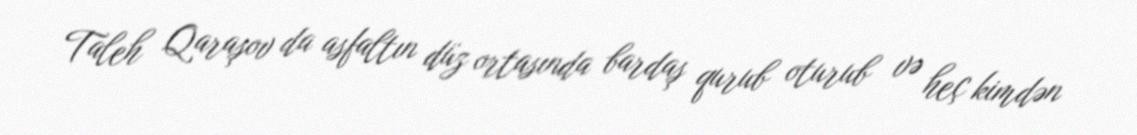
Taleh Qaraşov da asfaltın düz ortasında bardaş qurub oturub və heç kimdən